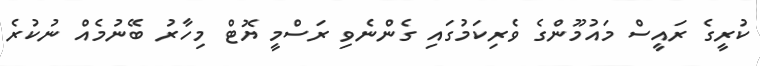
ކުރީގެ ރައީސް މައުމޫންގެ ވެރިކަމުގައި ގެންނެވި ރަސްމީ ޔޮޓް މިހާރު ބޭނުމެއް ނުކުރެ